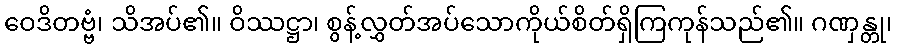
ဝေဒိတဗ္ဗံ၊ သိအပ်၏။ ဝိဿဋ္ဌာ၊ စွန့်လွှတ်အပ်သောကိုယ်စိတ်ရှိကြကုန်သည်၏။ ဂဏှန္တု၊